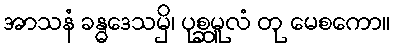
အာသနံ ခန္ဓဒေသမှိ၊ ပုစ္ဆမူလံ တု မေစကော။